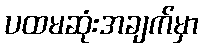
ပထမဆုံးအချက်မှာ